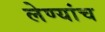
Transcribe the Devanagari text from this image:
लेण्यांच